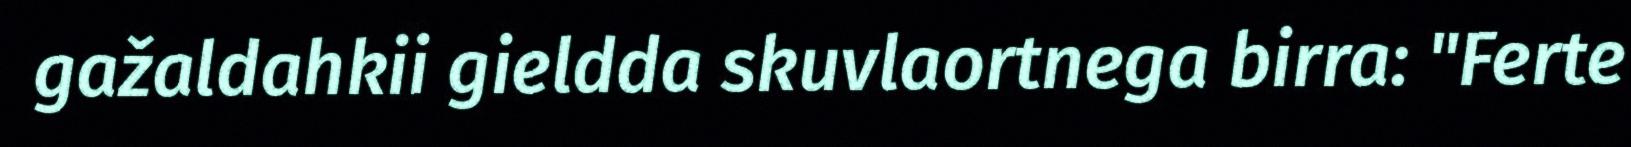
gažaldahkii gieldda skuvlaortnega birra: "Ferte